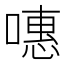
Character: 𠽡